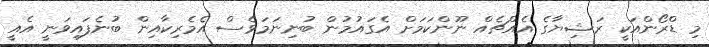
މި ޑްރޯންއަކީ ރަޝިޔާގެ އެއްޗެއް ނޫންކަމަށް އެގައުމުން ބުނިނަމަވެސް އެމެރިކާއިން ބުނެފައިވަނީ އެއީ